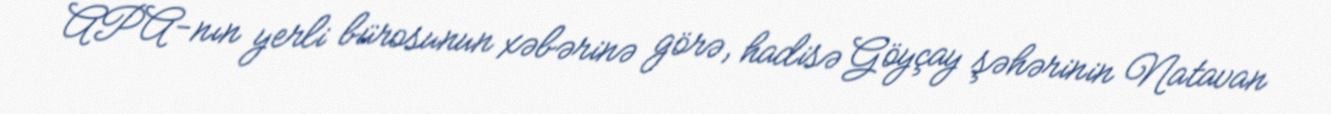
APA-nın yerli bürosunun xəbərinə görə, hadisə Göyçay şəhərinin Natavan